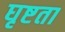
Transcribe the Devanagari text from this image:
घृष्टता